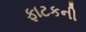
ફાટકની